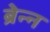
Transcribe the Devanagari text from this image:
ब्रेन्न